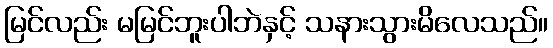
မြင်လည်း မမြင်ဘူးပါဘဲနှင့် သနားသွားမိလေသည်။